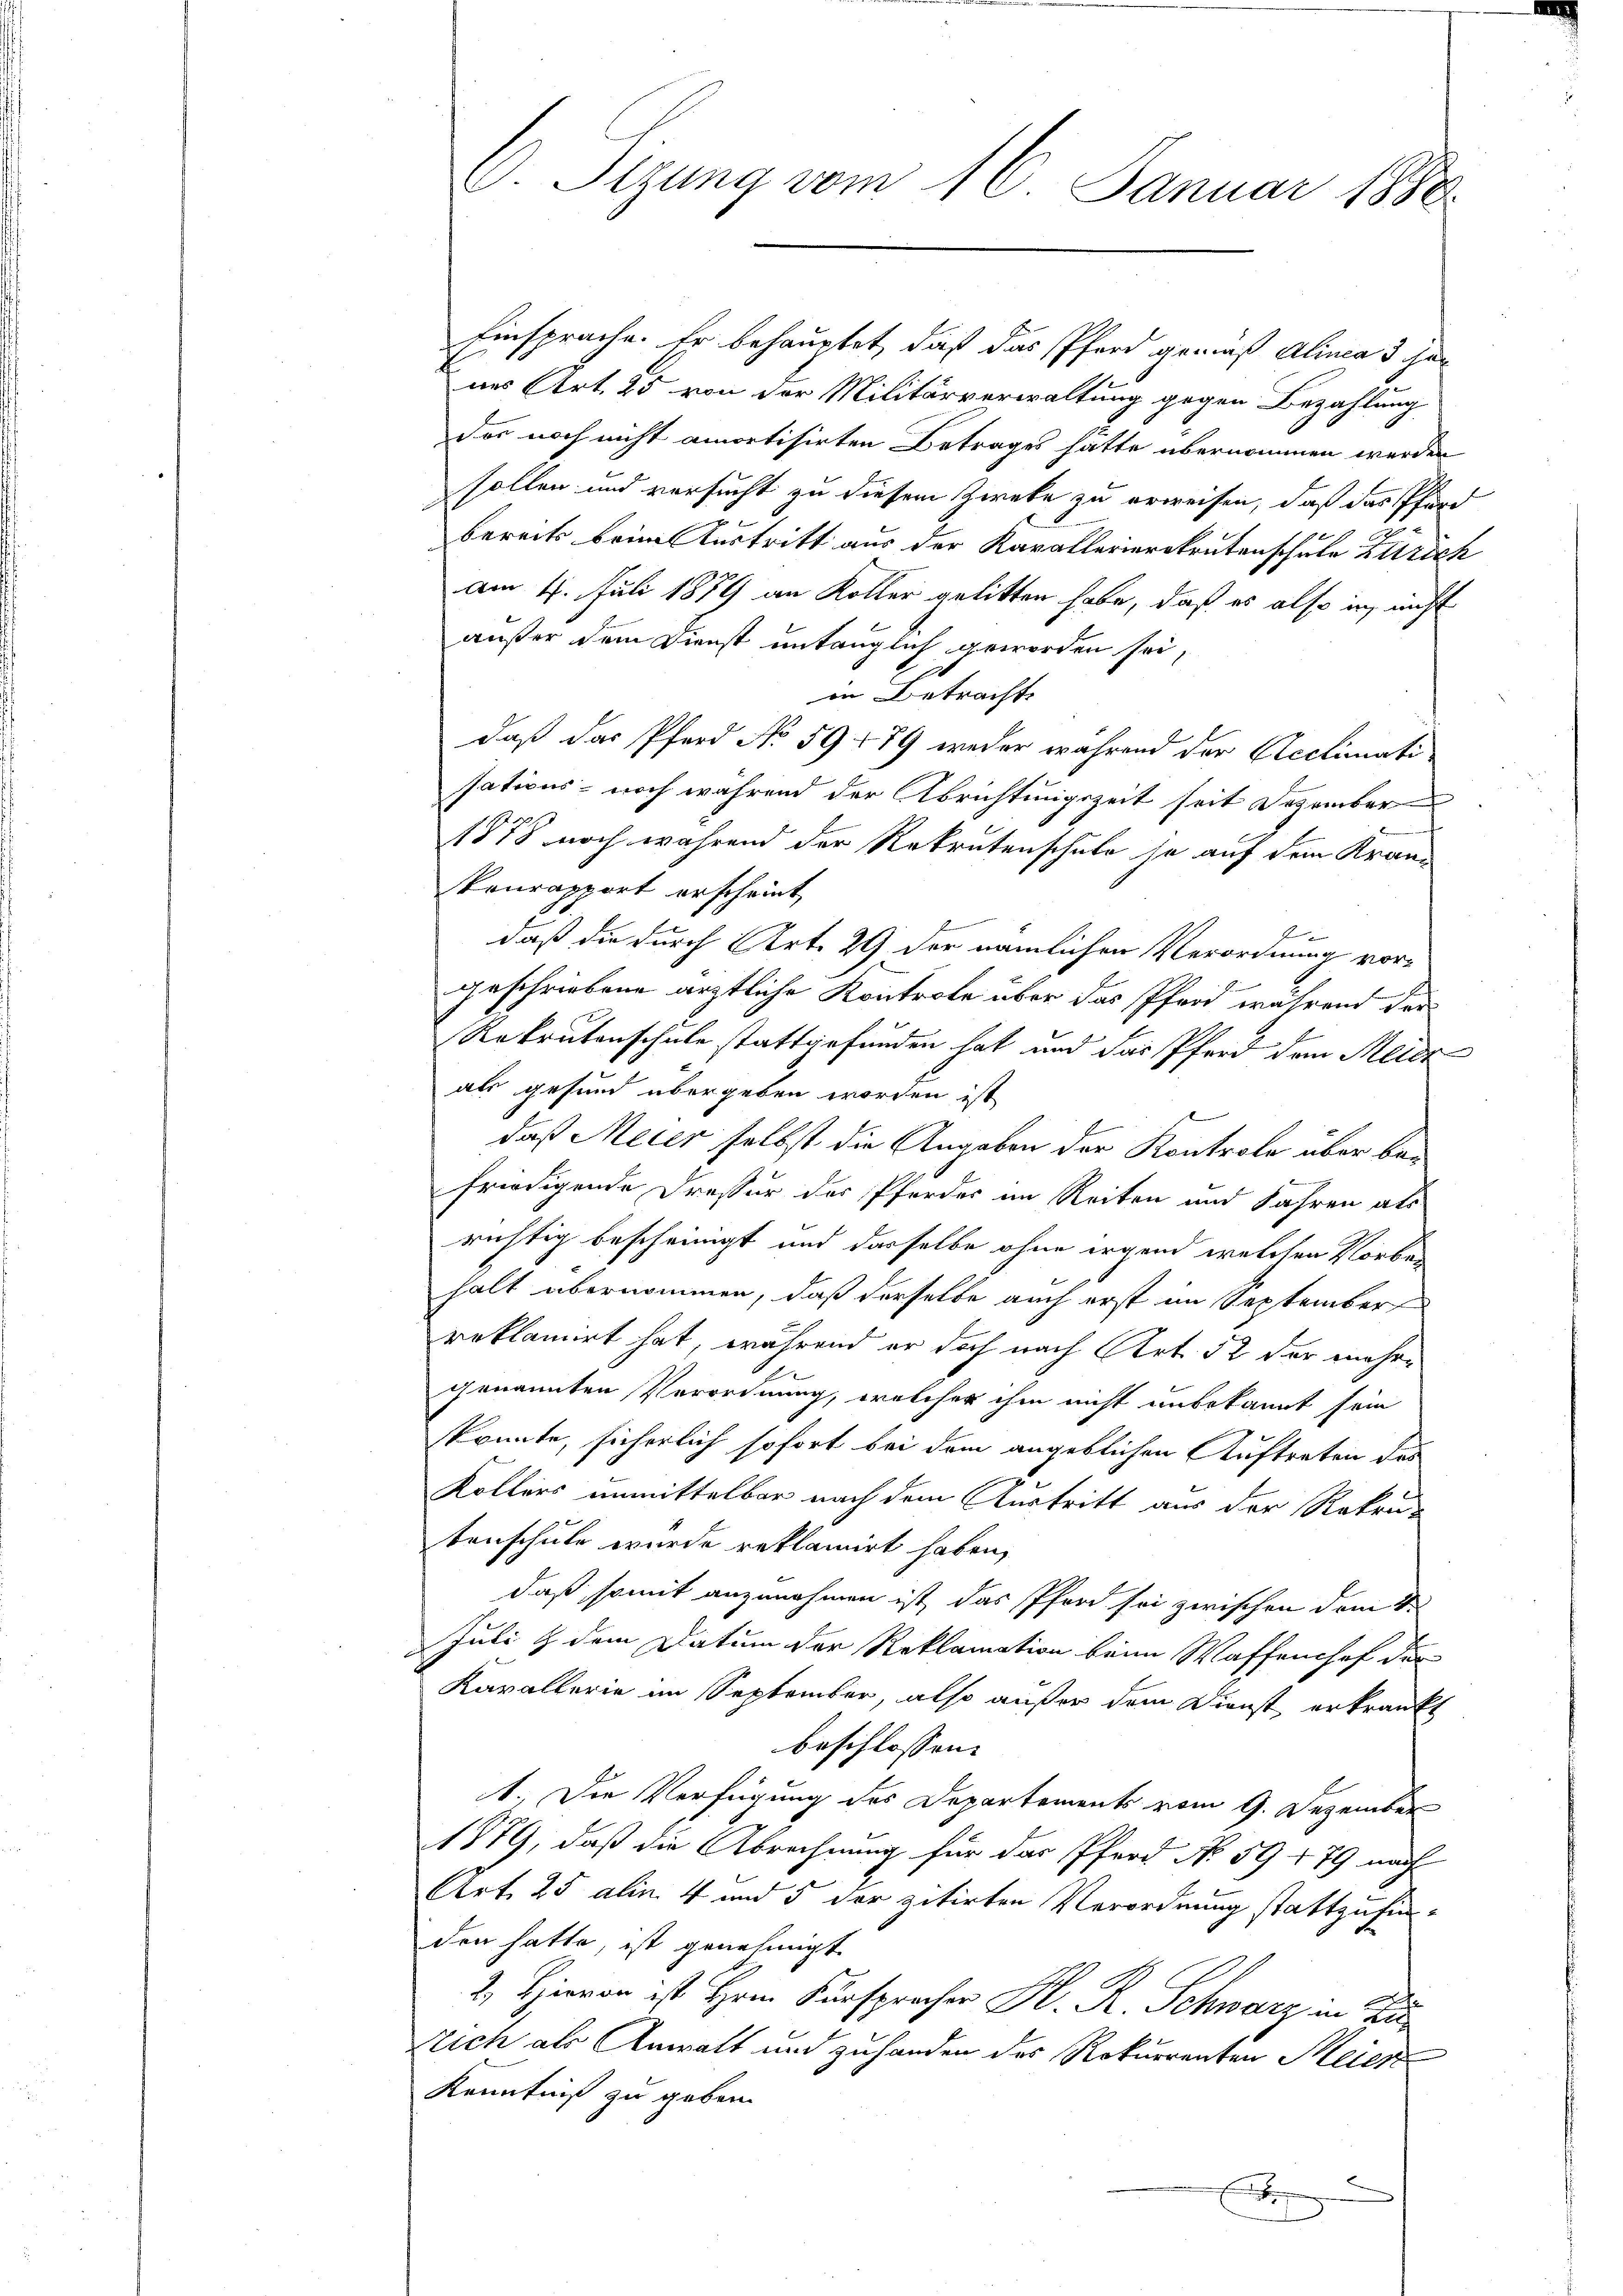
Einsprache. Er behauptet, daß das Pferd gemäß Alinea 3 chan
nes Art. 25 von der Militärverwaltung gegen Bezahlung
Das noch nicht amortisirten Betrages hätte übernommen werden
sollen und versucht zu diesem Zweke zu erweisen, daß das Pfand
1
bereits beim Austritt aus der Kavallerierekrutenschule Zürich
am 4. Juli 1879 an Koller gelitten habe, daß es also in nicht
außer dem Dienst untauglich geworden sei,
in Betracht.
daß das Pferd No 59 779 weder während der Acclimati
sations- noch während der Abrichtungszeit seit Dezember
1878 noch während der Rekrutenschule se auf dem Krankonrapport erscheint,
daß die durch Art. 29 der nämlichen Verordnung vorgeschriebene ärztliche Kontrole über das Pferd während der
Rekrutenschule stattgefunden hat und das Pferd dem Meide
als gesund übergeben worden ist
daß Meier selbst die Angaben der Kontrole über befriedigende Dressur der Pferdes im Reiten und Jahren als
richtig bescheinigt und dasselbe ohne irgend welchen Vorben
halt übernommen, daß derselbe auch erst im September
reklamirt hat, während er doch nach Art. 52 der mehre
genannten Verordnung, welcher ihm nicht unbekannt sein
konnte, sicherlich sofort bei dem angeblichen Auftreten des
Kollers unmittelbar nach dem Austritt aus der Rekrutenschule wurde reklamirt haben,
daß somit anzunehmen ist, das Pferd sei zwischen dem S
Juli & dem Datum der Reklamation beim Waffenshof der
Kavallerie im September, also außer dem Dienst, erkränkt
beschlossen:
1.) Die Verfügung des Departements vom 9. Dezember
1879, daß die Abrechnung für das Pferd No 59 479 nach
Art. 25 alin. 4 und 5 der zitirten Verordnung stattzufinden hatte, ist genehmigt
2. Hievon ist Hrn. Fürspracher M. R. Schwarz in Zu
Nich als Anwalt und zuhanden des Rekurrenten Meien
Kenntniß zu geben.
nommen
.

C. Sizung vom 16. Januar 1880